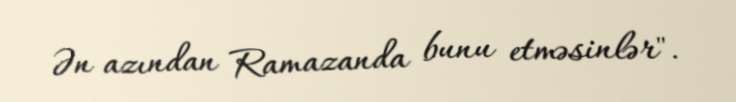
Ən azından Ramazanda bunu etməsinlər".